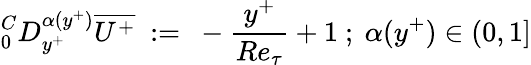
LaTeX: ^C_{0}D_{y^{+}}^{\alpha(y^{+})}\overline{{U^{+}}}~:=~-{\frac{y^{+}}{Re_{\tau}}}+1~;~\alpha(y^{+})\in(0,1]